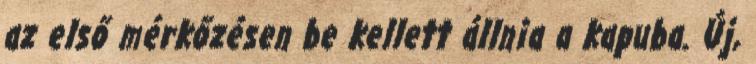
az első mérkőzésen be kellett állnia a kapuba. Új,